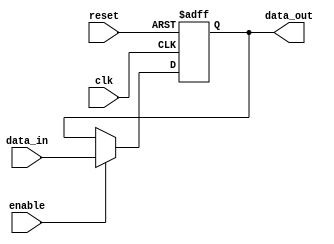
module enable_latch(
    input wire clk,      // Clock signal
    input wire reset,    // Reset signal
    input wire enable,   // Control signal
    input wire data_in,  // Input data
    output reg data_out  // Output data
);

    reg latch;

    always @(posedge clk or posedge reset) begin
        if (reset) begin
            latch <= 1'b0; // Reset latch to 0
        end else begin
            if (enable) begin
                latch <= data_in; // Store input data when enabled
            end
        end
    end

    assign data_out = latch; // Output data from latch

endmodule